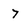
Character: 7